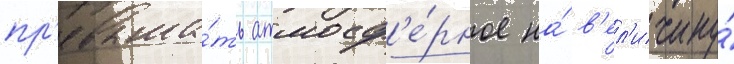
пр'евыша́ть атмосф'е́рное на́ в'ел'ичину́